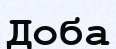
Доба